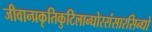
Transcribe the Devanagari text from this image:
जीवान्प्रकृतिकुटिलान्घोरसंसारसिन्धो